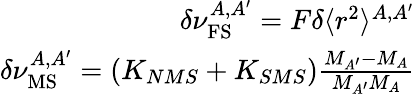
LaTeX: \begin{array}{r}{\delta\nu_{\mathrm{FS}}^{A,A^{\prime}}=F\delta\langle r^{2}\rangle^{A,A^{\prime}}}\\ {\delta\nu_{\mathrm{MS}}^{A,A^{\prime}}=(K_{NMS}+K_{SMS})\frac{M_{A^{\prime}}-M_{A}}{M_{A^{\prime}}M_{A}}}\end{array}